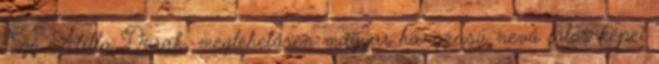
Egy Atilla Durak, meglehetősen magyar hangzású nevű fotós képei